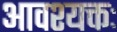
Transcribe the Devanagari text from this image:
आवश्यक्तः